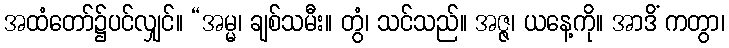
အထံတော်၌ပင်လျှင်။ “အမ္မ၊ ချစ်သမီး။ တွံ၊ သင်သည်။ အဇ္ဇ၊ ယနေ့ကို။ အာဒိံ ကတွာ၊